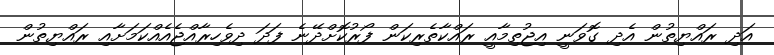
އަދި ރައްޔިތުން އެދި ގޮވަނީ އިޖުތިމާއީ ރައްކާތެރިކަން ފޯރުކޮށްދޭނެ ފަދަ ދިވެހިރާއްޖެއެއްކަމަށާއި ރައްޔިތުން